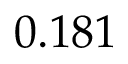
0 . 1 8 1